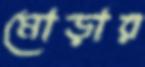
মোড়ার